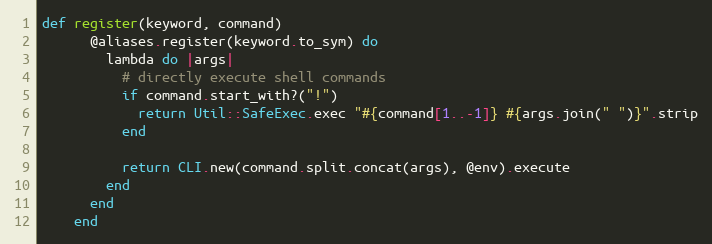
Language: Ruby
def register(keyword, command)
      @aliases.register(keyword.to_sym) do
        lambda do |args|
          # directly execute shell commands
          if command.start_with?("!")
            return Util::SafeExec.exec "#{command[1..-1]} #{args.join(" ")}".strip
          end

          return CLI.new(command.split.concat(args), @env).execute
        end
      end
    end